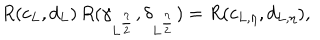
R ( c _ { L } , d _ { L } ) \, R ( \gamma _ { L ^ { \frac { \eta } { 2 } } } , \delta _ { L ^ { \frac { \eta } { 2 } } } ) = R ( c _ { L , \eta } , d _ { L , \eta } ) ,